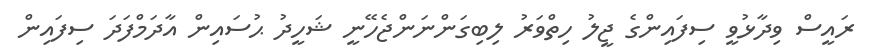
ރައީސް ވިދާޅުވީ ސިފައިންގެ ޖީލު ހިތްވަރު ލިބިގަންނަންޖެހޭނީ ޝަހީދު ޙުސައިން އާދަމްފަދަ ސިފައިން